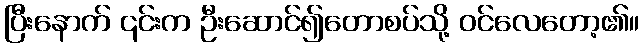
ပြီးနောက် ၎င်းက ဦးဆောင်၍တောစပ်သို့ ဝင်လေတော့၏။